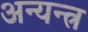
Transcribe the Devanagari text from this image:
अन्यन्त्र